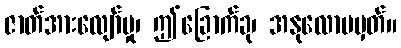
ဇာတ်အားလျော်မှု၊ ဤခြောက်ခု၊ အနုလောမမှတ်။